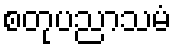
စတုပညာသမံ